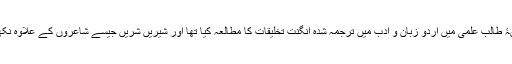
مہمانِ خصوصی کی حیثیت سے بولتے ہوئے انھوں نے مزید کہا کہ میں نے اپنے زمانۂ طالب علمی میں اردو زبان و ادب میں ترجمہ شدہ انگنت تخلیقات کا مطالعہ کیا تھا اور شیریں شریں جیسے شاعروں کے علاوہ نکھلیشور جوالامکھی اور بوچی بابو جیسے شاعروں اور ادیبوں کے اثرات قبول کیے تھے۔